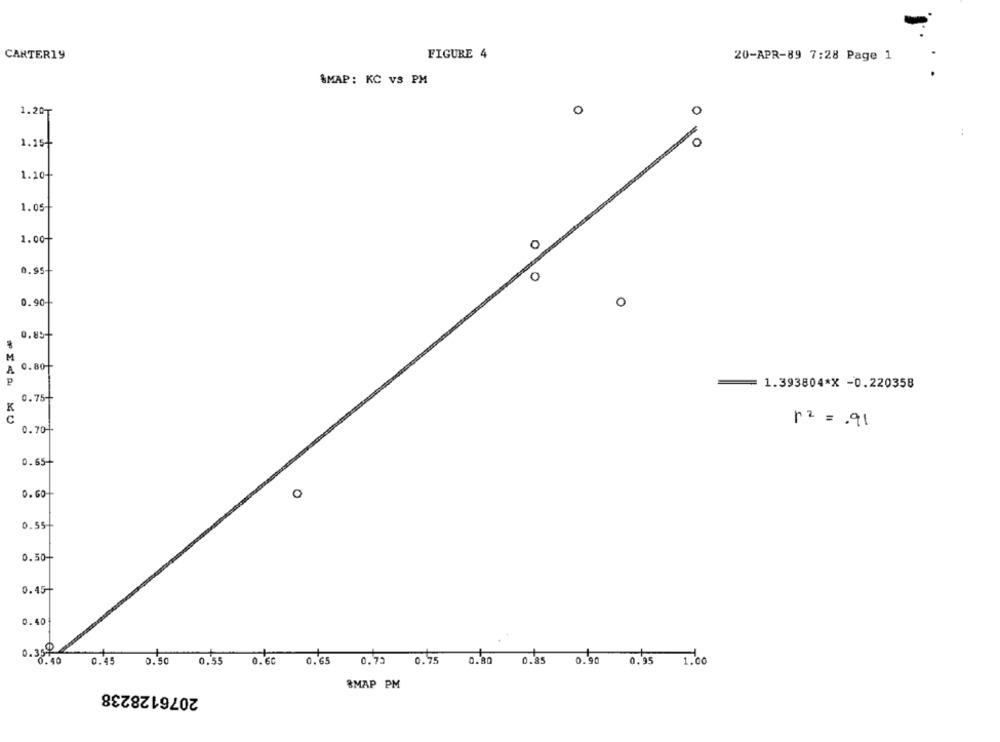
CANTER19
FIGURE 4
20-APR-89 7:28 Page 1
SMAP: KC VS PM
0
o
1.20₸
1.25-
1.10+
1.05-
1.00+
O
0.95
0.90-
0
0.85+
M
A
0.80
1.393804*X -0.220358
0.75+
K
n2 = . 91
0.70
0.65-
0.60
O
0.55+
0.50-
0.45+
0.40
0, 35 0
0.40
0.45
0.60
0.65
0.72
0.75
0.80
0.85
0. 90
0.95
1.00
0.50 0.55
2076128238
8MAP PM